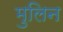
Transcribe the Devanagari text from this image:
मुलिन